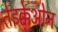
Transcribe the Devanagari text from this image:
तेइक्केओन